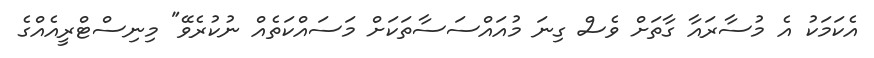
އެކަމަކު އެ މުސާރައާ ގާތަށް ވެސް ގިނަ މުއައްސަސާތަކަށް މަސައްކަތެއް ނުކުރެވޭ" މިނިސްޓްރީއެއްގެ